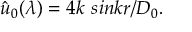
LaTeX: ~ ~ ~ \hat { u } _ { 0 } ( \lambda ) = 4 k ~ s i n k r / D _ { 0 } .